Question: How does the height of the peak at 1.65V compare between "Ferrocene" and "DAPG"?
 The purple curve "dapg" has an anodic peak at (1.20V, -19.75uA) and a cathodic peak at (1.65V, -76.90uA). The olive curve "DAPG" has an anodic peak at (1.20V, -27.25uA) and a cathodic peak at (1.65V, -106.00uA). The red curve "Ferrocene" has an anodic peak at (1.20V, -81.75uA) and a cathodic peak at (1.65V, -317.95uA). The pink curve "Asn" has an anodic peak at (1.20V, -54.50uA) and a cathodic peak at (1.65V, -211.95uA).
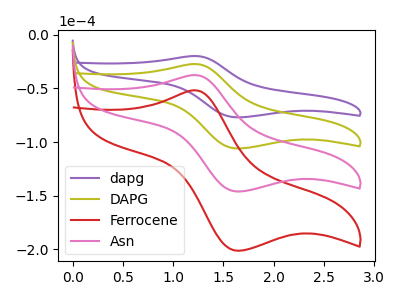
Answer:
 <answer>The peak at 1.65V is higher in "Ferrocene" than in "DAPG".</answer>
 <eval>higher</eval>